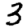
Digit: 3